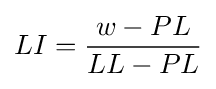
LI={\frac {w-PL}{LL-PL}}